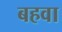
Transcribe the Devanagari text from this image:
बहवा